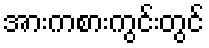
အားကစားကွင်းတွင်